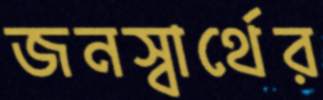
জনস্বার্থের